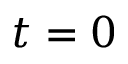
t = 0